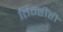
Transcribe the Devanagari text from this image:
तिन्हींही